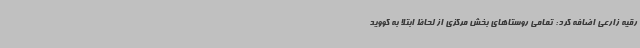
رقیه زارعی اضافه کرد: تمامی روستاهای بخش مرکزی از لحاظ ابتلا به کووید